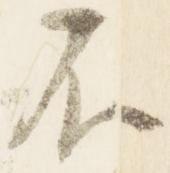
不